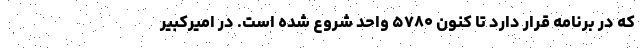
که در برنامه قرار دارد تا کنون ۵۷۸۰ واحد شروع شده است. در امیرکبیر